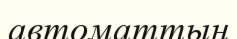
автоматтың